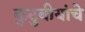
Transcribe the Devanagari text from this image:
कुटुबीयांचे